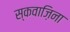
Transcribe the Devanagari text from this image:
स्कवाज़िना